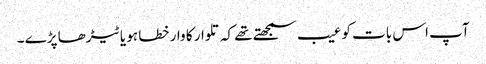
آپ اس بات کو عیب سمجھتے تھے کہ تلوار کا وار خطا ہو یا ٹیڑھا پڑے ۔